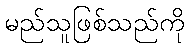
မည်သူဖြစ်သည်ကို